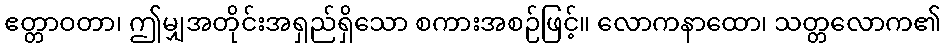
ဧတ္တာဝတာ၊ ဤမျှအတိုင်းအရှည်ရှိသော စကားအစဉ်ဖြင့်။ လောကနာထော၊ သတ္တလောက၏